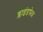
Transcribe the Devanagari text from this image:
ब्लाइंडफेथ